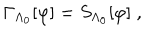
LaTeX: \Gamma _ { \Lambda _ { 0 } } [ \varphi ] = S _ { \Lambda _ { 0 } } [ \varphi ] \; ,